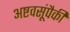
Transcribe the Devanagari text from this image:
अष्टवसूंपैकी